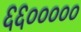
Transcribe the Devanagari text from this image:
६६०००००